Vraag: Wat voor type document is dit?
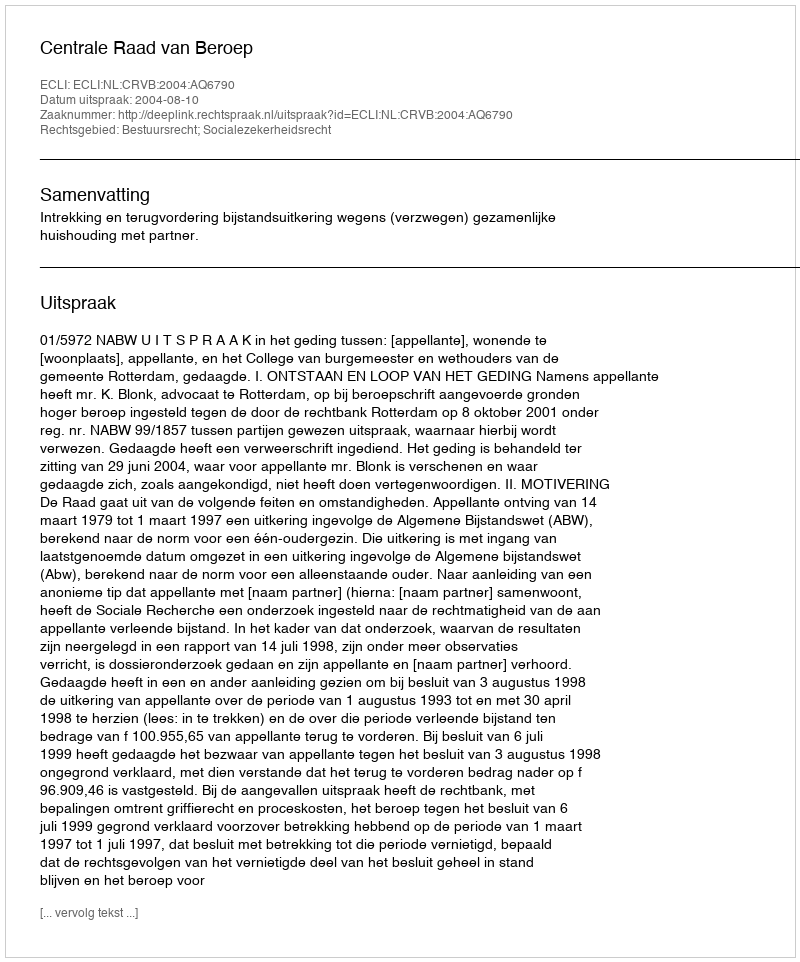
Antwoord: Uitspraak